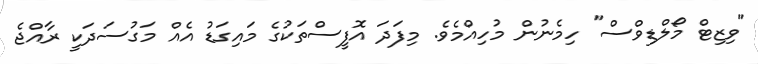
"ވިޒިޓް މޯލްޑިވްސް" ހިމެނުން މުހިއްމެވެ. މިފަދަ އޮފީސްތަކުގެ މައިގަޑު އެއް މަގުސަދަކީ ރާއްޖެ